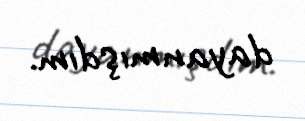
dayanmışdım.